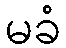
မခံ